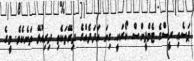
ޕަސެއި ރީސްގެ ޓެމްޕީންސް ކޯރަކީ ގިނަ އަދަދެއްގެ ދިރޭތަކެތި ދިރިއުޅޭ ތަނެކެވެ. މީގެ